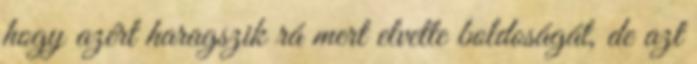
hogy azért haragszik rá mert elvette boldoságát, de azt